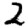
Digit: 2